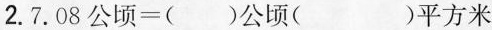
2.$$7 . 0 8 公 顷 = ( ) 公 顷 ( ) 平 方 米$$